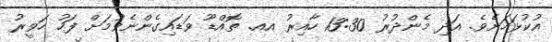
އުކުޅަހަށެވެ. އަދި މެންދުރު 13:30 ހާއިރު އއ. ތޮއްޑޫ ވަޑައިގެންނެވުމަށް ފަހު ހަވީރު